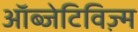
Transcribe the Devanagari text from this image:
ऑब्जेटिविज़्म